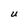
Character: U